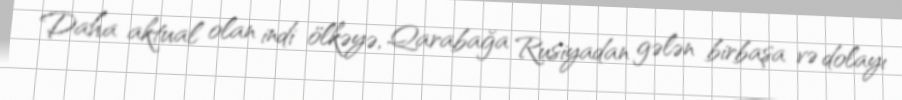
Daha aktual olan indi ölkəyə, Qarabağa Rusiyadan gələn birbaşa və dolayı